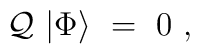
{\cal Q} \ | \Phi \rangle \ = \ 0 \ ,